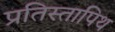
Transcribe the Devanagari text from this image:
प्रतिस्तापिथ